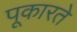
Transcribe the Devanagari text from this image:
पूकारते